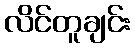
လိင်တူချင်း